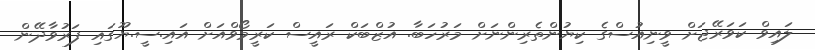
ލައިވް ކަވަރޭޖަށް ވީނިއުސްގެ ކިޔުންތެރިންނަށް މަރުހަބާ. އުޒްބަކް ރައީސް ކަރީމޯވްއަށް އައި.ސީ.ޔޫގައި ފަރުވާދޭން